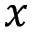
x